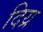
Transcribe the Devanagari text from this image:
दिय्र